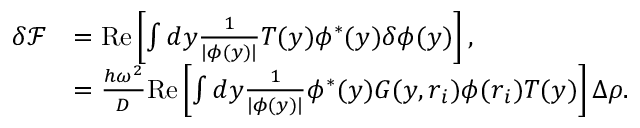
\begin{array} { r l } { \delta \mathcal { F } } & { = \mathrm { R e } \left[ \int d y \frac { 1 } { | \phi ( y ) | } T ( y ) \phi ^ { * } ( y ) \delta \phi ( y ) \right] , } \\ & { = \frac { h \omega ^ { 2 } } { D } \mathrm { R e } \left[ \int d y \frac { 1 } { | \phi ( y ) | } \phi ^ { * } ( y ) G ( y , \boldsymbol { r } _ { i } ) \phi ( \boldsymbol { r } _ { i } ) T ( y ) \right] \Delta \rho . } \end{array}